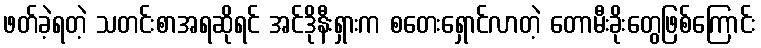
ဖတ်ခဲ့ရတဲ့ သတင်းစာအရဆိုရင် အင်ဒိုနီးရှားက စတေးရှောင်လာတဲ့ တောမီးခိုးတွေဖြစ်ကြောင်း